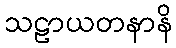
သဠာယတနာနိ